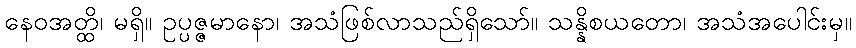
နေဝအတ္ထိ၊ မရှိ။ ဥပ္ပဇ္ဇမာနော၊ အသံဖြစ်လာသည်ရှိသော်။ သန္နိစယတော၊ အသံအပေါင်းမှ။